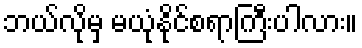
ဘယ်လိုမှ မယုံနိုင်စရာကြီးပါလား။